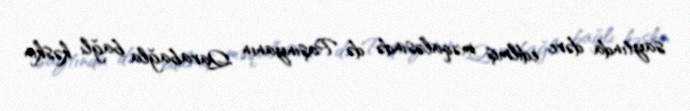
saytında dərc edilmiş məqaləsində də Paşinyanın Qarabağla bağlı kəskin